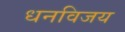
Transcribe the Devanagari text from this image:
धनविजय